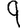
Digit: 9